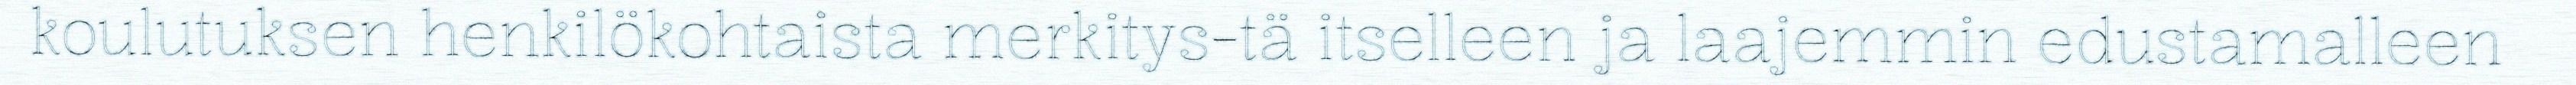
koulutuksen henkilökohtaista merkitys-tä itselleen ja laajemmin edustamalleen